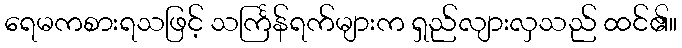
ရေမကစားရသဖြင့် သင်္ကြန်ရက်များက ရှည်လျားလှသည် ထင်၏။